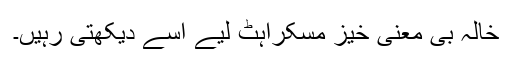
خالہ بی معنی خیز مسکراہٹ لیے اسے دیکھتی رہیں۔